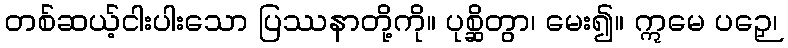
တစ်ဆယ့်ငါးပါးသော ပြဿနာတို့ကို။ ပုစ္ဆိတွာ၊ မေး၍။ ဣမေ ပဉှေ၊